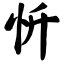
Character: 忻